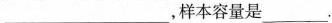
___，样本容量是___.